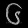
Digit: ၆